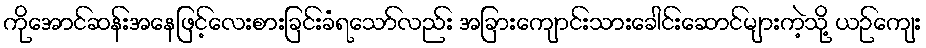
ကိုအောင်ဆန်းအနေဖြင့်လေးစားခြင်းခံရသော်လည်း အခြားကျောင်းသားခေါင်းဆောင်များကဲ့သို့ ယဉ်ကျေး